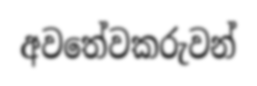
අවතේවකරුවන්